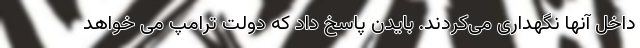
داخل آنها نگهداری می‌کردند. بایدن پاسخ داد که دولت ترامپ می خواهد